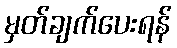
မှတ်ချက်ပေးရန်